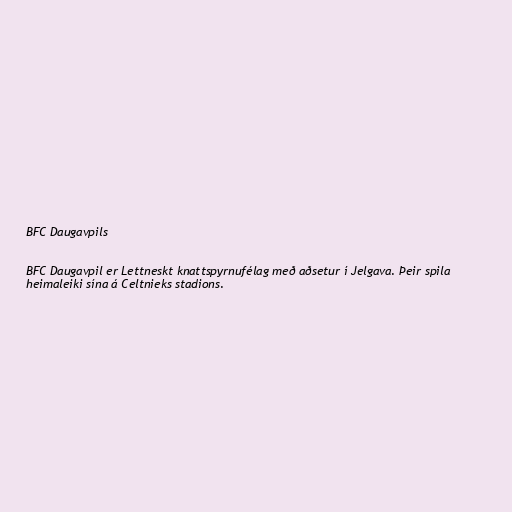
BFC Daugavpils

BFC Daugavpil er Lettneskt knattspyrnufélag með aðsetur í Jelgava. Þeir spila
heimaleiki sína á Celtnieks stadions.